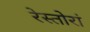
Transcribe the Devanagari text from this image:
रेस्तोरां